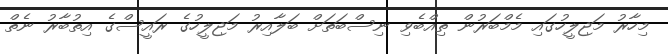
މިހާރު މަޖިލީހުގައި މެމްބަރުން ތިއްބެވި ނިސްބަތަށް ބަލާއިރު މަޖިލީހުގެ ރައީސްގެ އިތުބާރު ނެތް